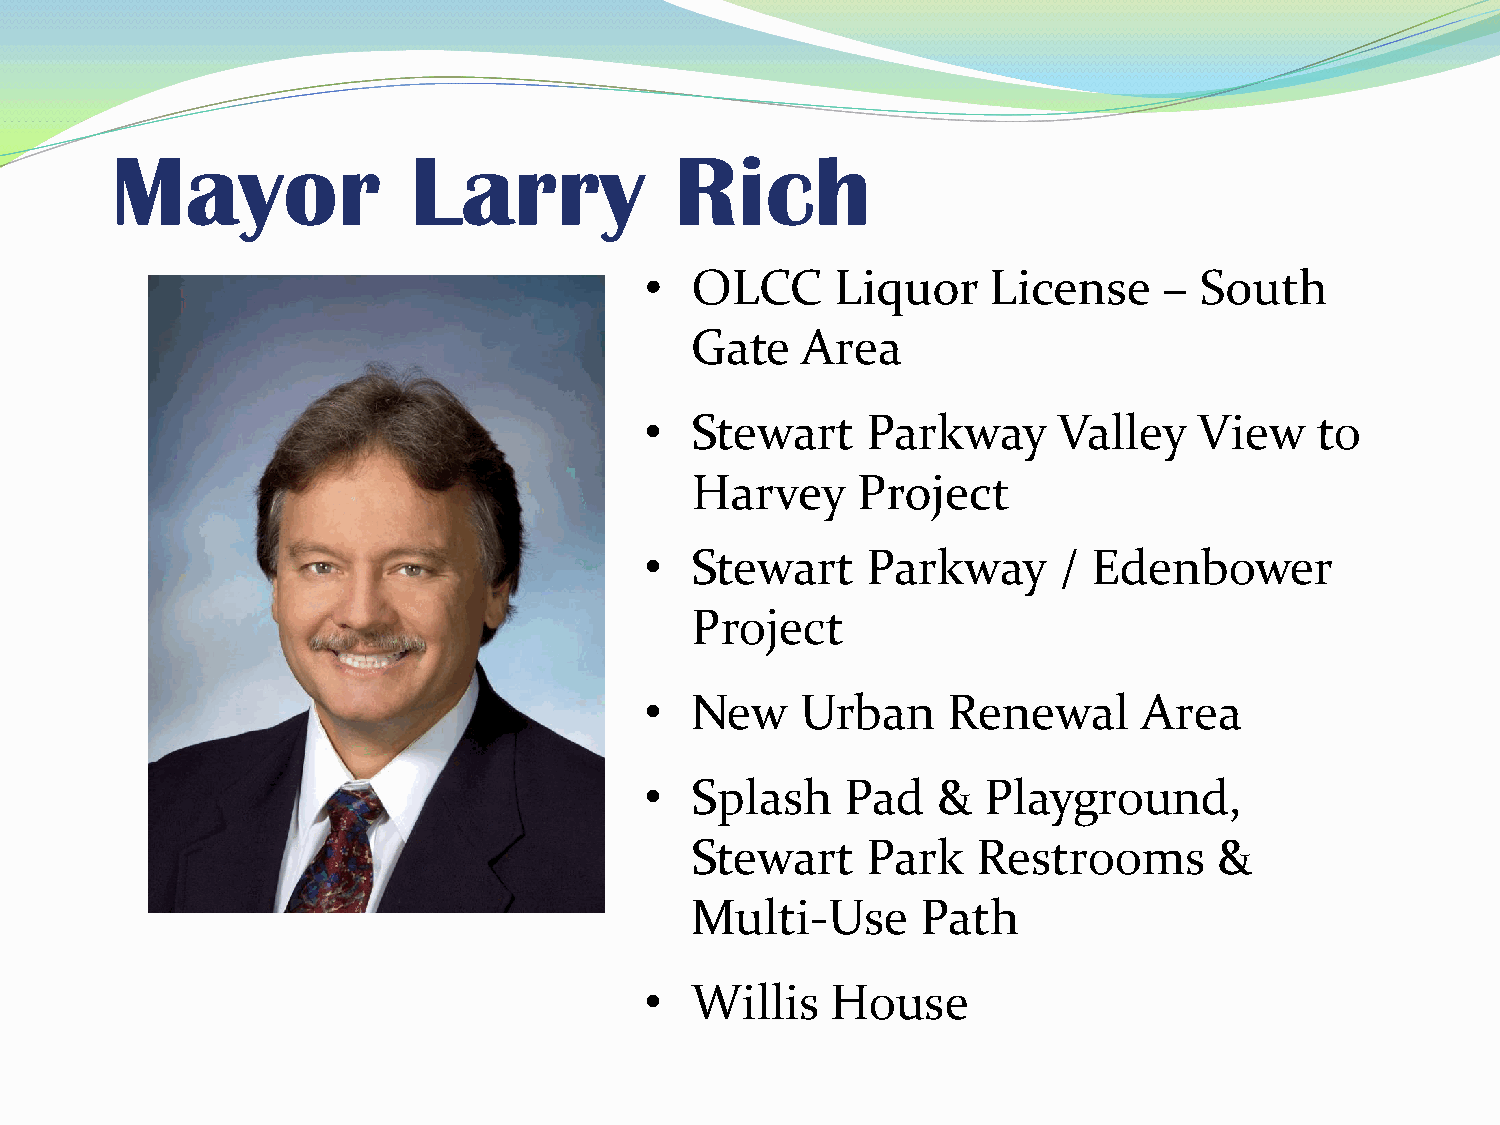
Mayor               Larry             Rich
 •  OLCC     Liquor    License     – South
 Gate   Area
 •  Stewart    Parkway      Valley   View    to
 Harvey     Project
 •  Stewart    Parkway      / Edenbower
 Project
 •  New    Urban     Renewal      Area
 •  Splash    Pad   &  Playground,
 Stewart    Park    Restrooms       &
 Multi-Use      Path
 •  Willis   House